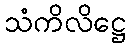
သံကိလိဋ္ဌေ